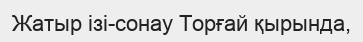
Жатыр ізі-сонау Торғай қырында,